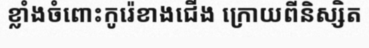
ខ្លាំងចំពោះកូរ៉េខាងជើង ក្រោយពីនិស្សិត